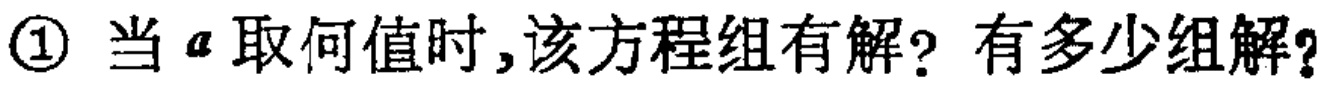
\textcircled{1} 当 \(a\) 取何值时,该方程组有解? 有多少组解?